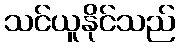
သင်ယူနိုင်သည်